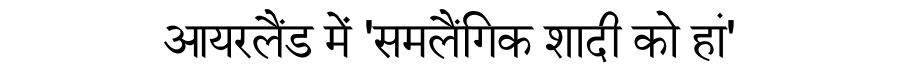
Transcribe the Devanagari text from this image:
आयरलैंड में 'समलैंगिक शादी को हां'